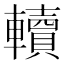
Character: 𨏔